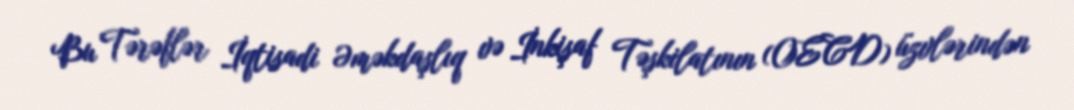
Bu Tərəflər İqtisadi Əməkdaşlıq və İnkişaf Təşkilatının (OECD) üzvlərindən